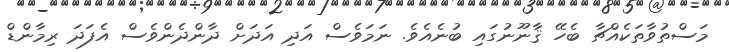
މަސްތުވާތަކެއްޗާ ބެހޭ ޤާނޫނުގައި ބުނެއެވެ. ނަމަވެސް އަދި އަދަށް ދާންދެންވެސް އެފަދަ ރިމާންޑް